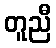
တူညီ